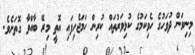
މިނިވަން ދުވަހުގެ ހެވިކަމުގެ ކުޅިވަރުތައް ކުރިން ހަމަޖެހިފައި އޮތީ މިރޭ ބާއްވާ ގޮތަށެވެ.